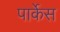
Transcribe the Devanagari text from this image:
पार्केस